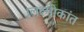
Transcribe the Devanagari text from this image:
।लक्ष्मीकांत